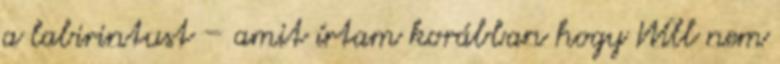
a labirintust – amit írtam korábban hogy Will nem